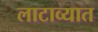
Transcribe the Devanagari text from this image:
लाटाव्यात